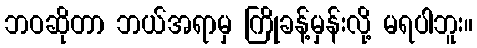
ဘဝဆိုတာ ဘယ်အရာမှ ကြိုခန့်မှန်းလို့ မရပါဘူး။